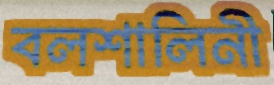
বলশালিনী